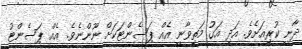
ދާނީ ކުރިއަށެވެ. އަދި އަގު މަތިވާނީ އެއް ޕަސެންޓަކަށް ނޫންނެވެ. އެއް ޕަސެންޓު